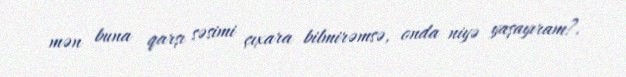
mən buna qarşı səsimi çıxara bilmirəmsə, onda niyə yaşayıram?.